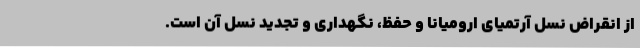
از انقراض نسل آرتمیای ارومیانا و حفظ، نگهداری و تجدید نسل آن است.